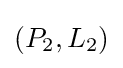
(P_{2},L_{2})